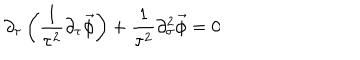
\partial _ { \tau } \left( \frac { 1 } { \tau ^ { 2 } } \partial _ { \tau } \vec { \phi } \right) + \frac { 1 } { \tau ^ { 2 } } \partial _ { \sigma } ^ { 2 } \vec { \phi } = 0